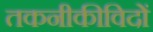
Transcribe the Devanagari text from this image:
तकनीकीविदों